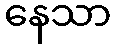
နေသာ